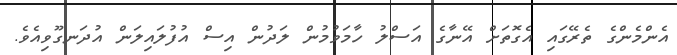
އެންމެންގެ ތެރޭގައި އެގޮތަށް އޭނާގެ އަސްލު ހާމަވުމުން ލަދުން އިސް އުފުލައިލަން އުދަނގޫވިއެވެ.